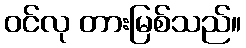
ဝင်လု တားမြစ်သည်။